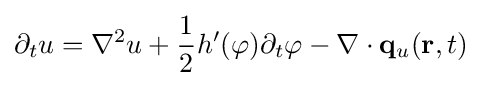
\partial _{t}u=\nabla ^{2}u+{\frac {1}{2}}h'(\varphi )\partial _{t}\varphi -\mathbf {\nabla } \cdot \mathbf {q} _{u}(\mathbf {r} ,t)